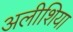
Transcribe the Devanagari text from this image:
अलीशिया